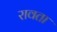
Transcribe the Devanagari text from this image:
रावता